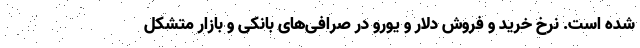
شده است. نرخ خرید و فروش دلار و یورو در صرافی‌های بانکی و بازار متشکل